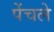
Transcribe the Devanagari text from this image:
पेंचले